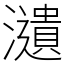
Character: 瀢